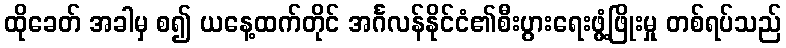
ထိုခေတ် အခါမှ စ၍ ယနေ့ထက်တိုင် အင်္ဂလန်နိုင်ငံ၏စီးပွားရေးဖွံ့ဖြိုးမှု တစ်ရပ်သည်